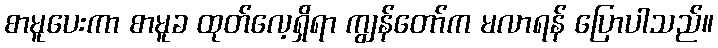
စာမူပေးကာ စာမူခ ထုတ်လေ့ရှိရာ ကျွန်တော်က မလာရန် ပြောပါသည်။